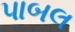
પાબલ